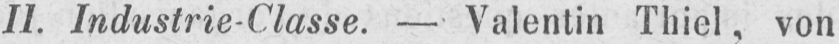
II. Industrie-Classe. - Valentin Thiel, von